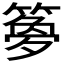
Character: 𫂝